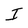
Character: I